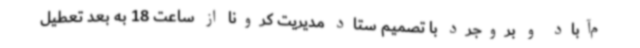
م‌آباد و بروجرد با تصمیم ستاد مدیریت کرونا از ساعت 18 به بعد تعطیل